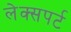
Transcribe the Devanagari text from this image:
लेक्सपर्ट